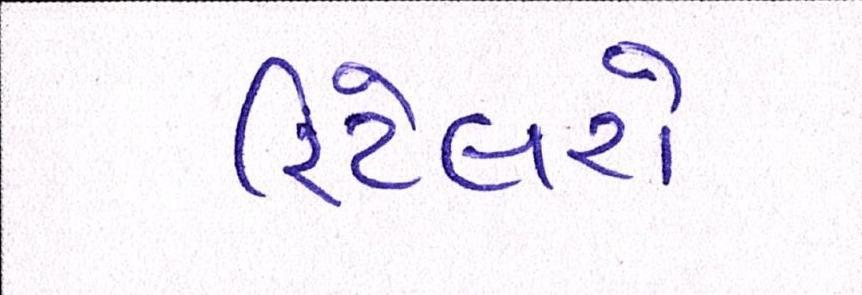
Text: રિટેલરો